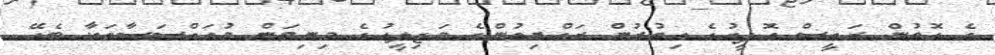
އެ ގޮތުން ރައީސް އޮފީހުގެ އިތުރުން ރައްޔިތުންގެ މަޖިލީހުގެ މިނިވަން މުއައްސަސާތަކާ ބެހޭ